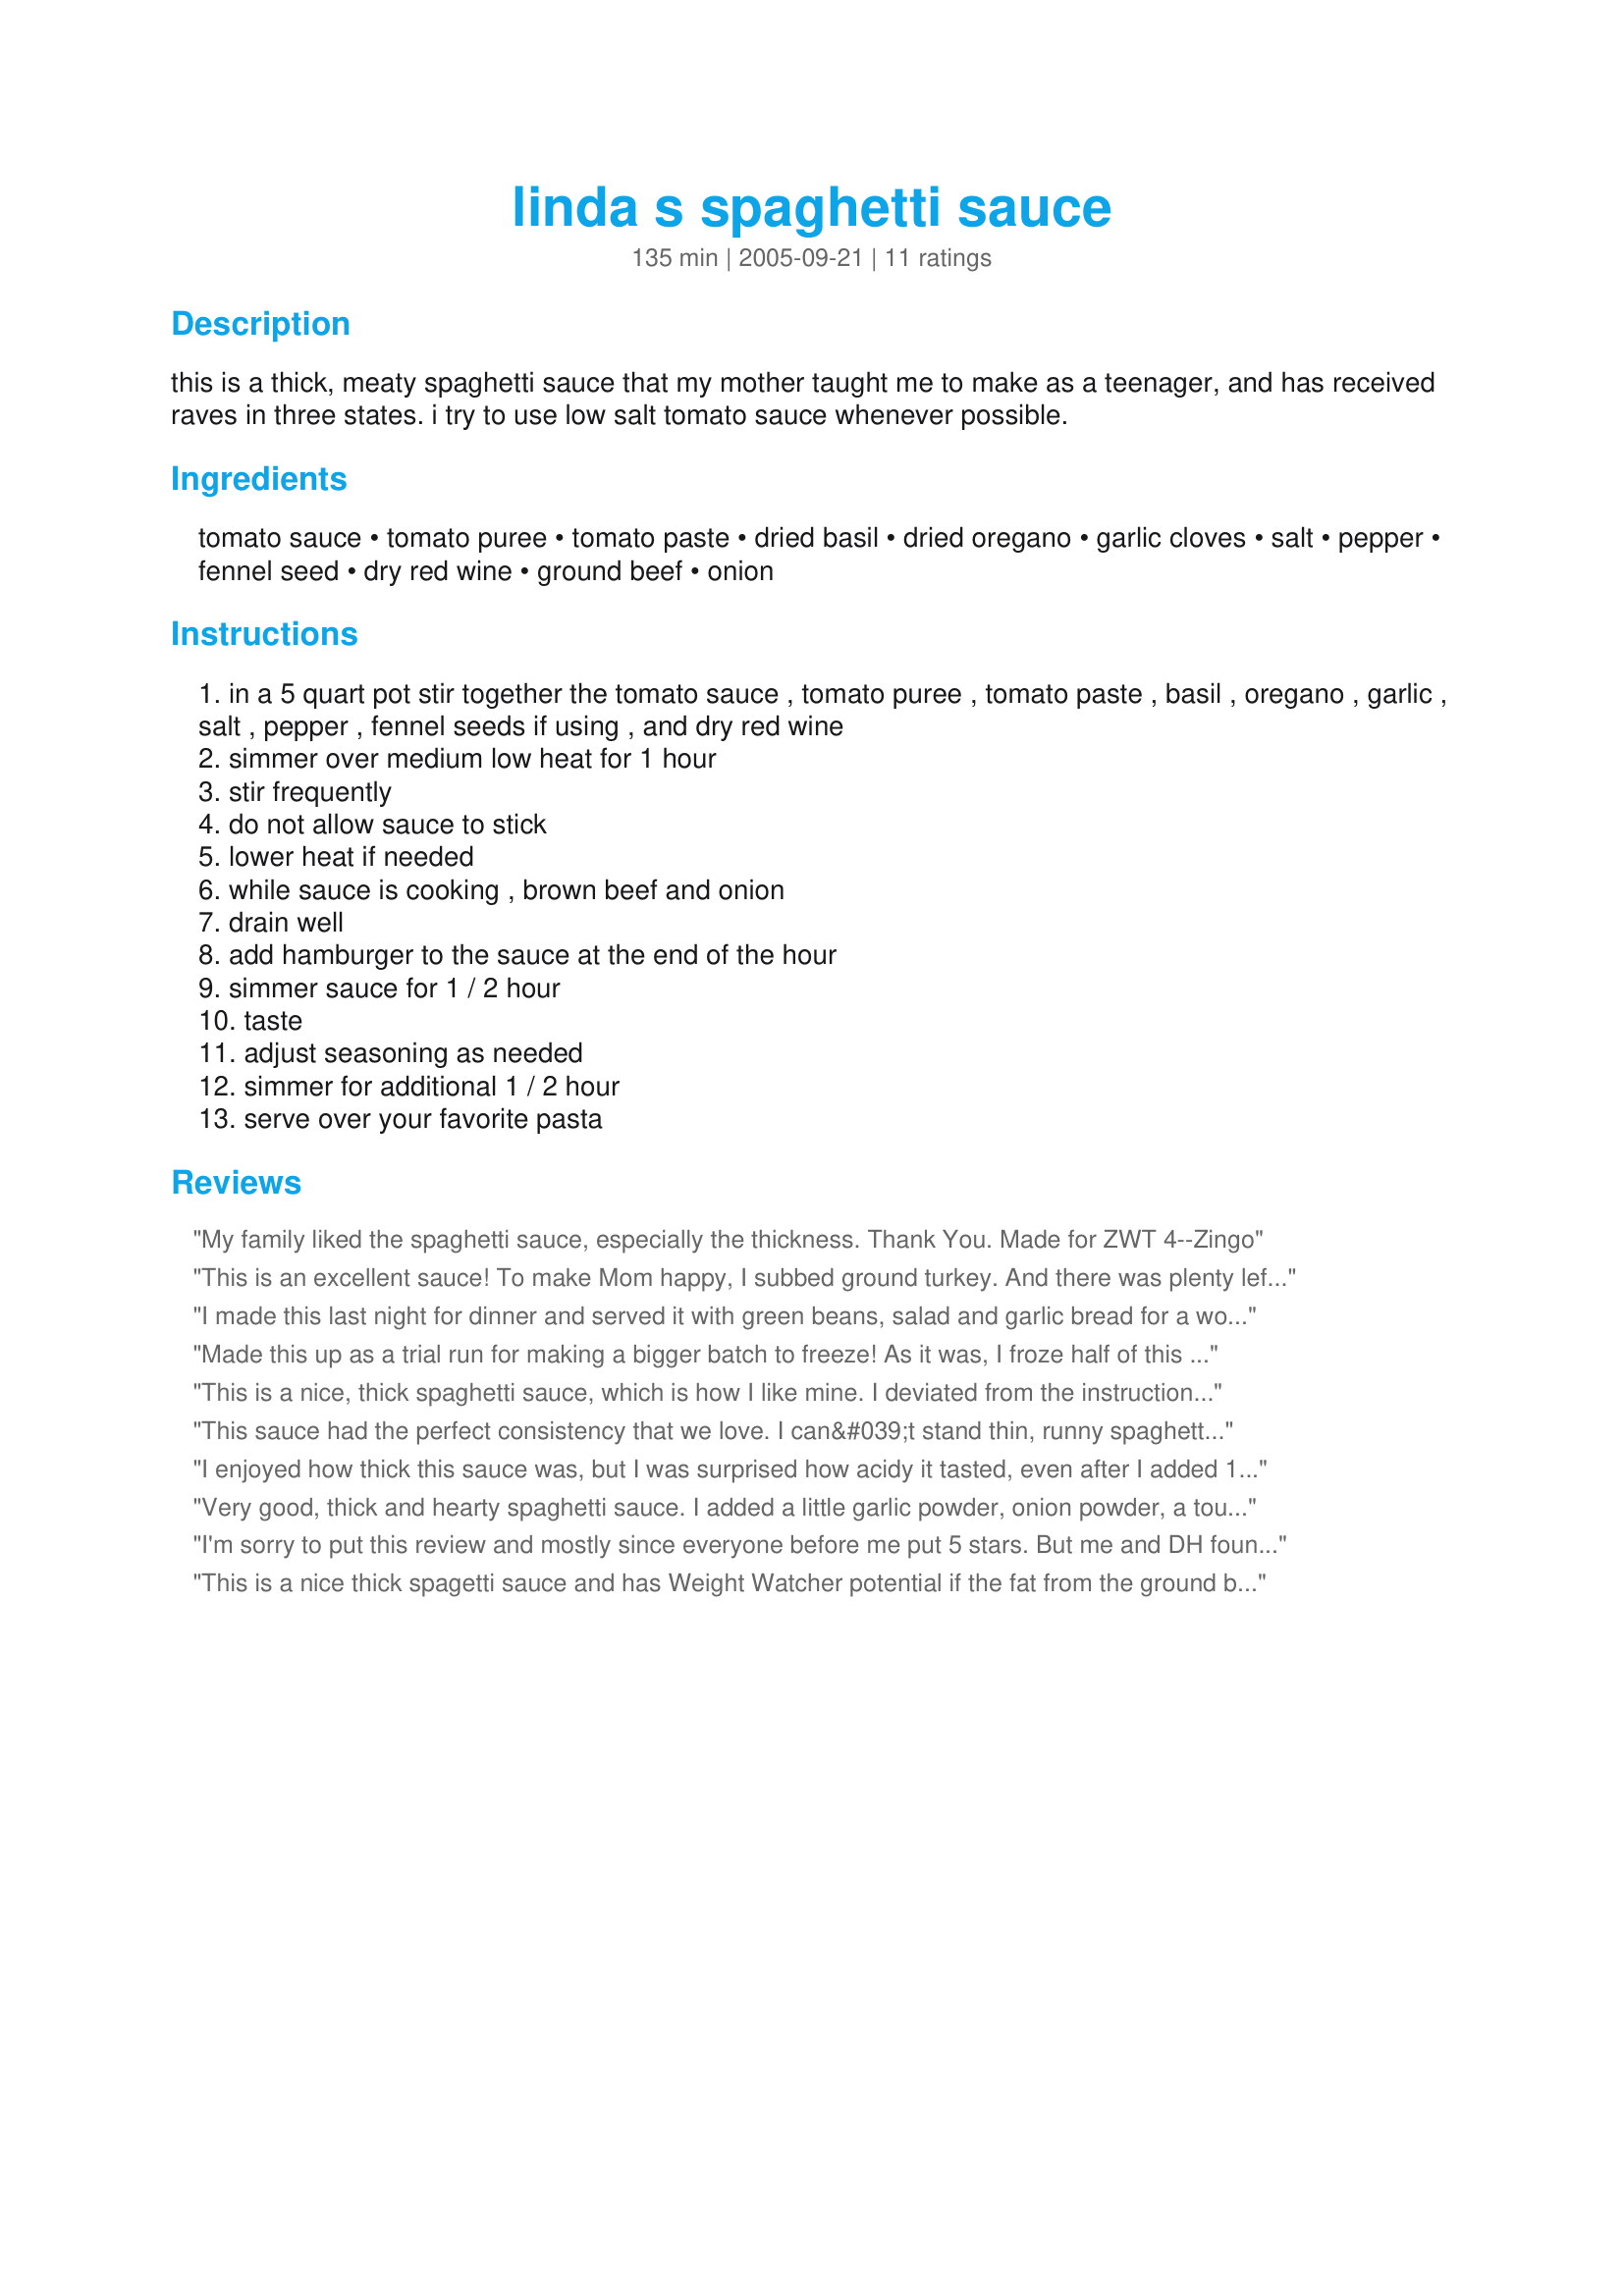
linda s spaghetti sauce
Preparation time: 135 minutes

this is a thick, meaty spaghetti sauce that my mother taught me to make as a teenager, and has received raves in three states. i try to use low salt tomato sauce whenever possible.

Ingredients:
tomato sauce, tomato puree, tomato paste, dried basil, dried oregano, garlic cloves, salt, pepper, fennel seed, dry red wine, ground beef, onion

Steps:
in a 5 quart pot stir together the tomato sauce , tomato puree , tomato paste , basil , oregano , garlic , salt , pepper , fennel seeds if using , and dry red wine
simmer over medium low heat for 1 hour
stir frequently
do not allow sauce to stick
lower heat if needed
while sauce is cooking , brown beef and onion
drain well
add hamburger to the sauce at the end of the hour
simmer sauce for 1 / 2 hour
taste
adjust seasoning as needed
simmer for additional 1 / 2 hour
serve over your favorite pasta

Reviews:
My family liked the spaghetti sauce, especially the thickness.
Thank You. Made for ZWT 4--Zingo
This is an excellent sauce! To make Mom happy, I subbed ground turkey. And there was plenty left to freeze for anothre night. Made for ZWT 4 Zingo.
I made this last night for dinner and served it with green beans, salad and garlic bread for a wonderful dinner. This sauce is the perfect texture for spaghetti, not runny or watery at all and stuck to the pasta. I made the recipe exactly as stated except for omitting the fennel seeds. My normal recipe doesn't include the red wine and I think that made a huge difference, just loved it!!!!
It makes alot of sauce so I have plenty left over (frozen) to use for a future meal. Thanks momaphet for a great recipe!!
Made this up as a trial run for making a bigger batch to freeze! As it was, I froze half of this to see how it works out! I did use low-sodium tomato sauce & eliminated the additional salt called for in the ingredient list! Served this over a 3-cheese tortellini ~ VERY NICE! Definitely a keeper recipe! [Made & reviewed in the Family Picks part of Zaar World Tour 4]
This is a nice, thick spaghetti sauce, which is how I like mine. I deviated from the instructions by adding the ground beef earlier and I cooked it longer than specified. We enjoyed this very much. Made for Culinary Quest Summer 2014.
This sauce had the perfect consistency that we love. I can&#039;t stand thin, runny spaghetti sauce. I didn&#039;t use the ground beef because I made recipe #124958 and used that instead. I added the meatballs after the sauce had cooked for 1 hour. I sauteed the onions in some basil infused olive oil before adding the tomato, spices and wine. I did have to increase the seasonings quite a bit for our taste and I added quite a bit of sugar and salt to cut the tartness of the tomatoes. Thank you for sharing. **Made for Culinary Quest - Suitcase Gourmets**
I enjoyed how thick this sauce was, but I was surprised how acidy it tasted, even after I added 1 Tablespoon of sugar. Possible solutions are to cook it an hour more, to add more salt, to carmelize the onion, even the garlic. I might try adding some roasted red bell pepper and report back on my results. I used fennel, because we love fennel. As is our custom, I used ground venison, but browned it with the onions in olive oil because there is so little fat in venison. Made for 2014 Culinary Quest.
Very good, thick and hearty spaghetti sauce. I added a little garlic powder, onion powder, a touch of sugar and a bay leaf to the sauce. I put this over trio pasta and served it with Skillet Chicken Marsala (#296692) and a dinner salad topped with Classic Vinaigrette Salad Dressing (#307616). I put the leftover sauce into quart freezer bags for future dinners. Made for ZWT4 Zingo Potluck.
I'm sorry to put this review and mostly since everyone before me put 5 stars. But me and DH found the sauce too acid. The only thing I did not add is the fennel seed and salt. Maybe adding a little bit of sugar would help. I should have tried. Thanks Momaphet. Made for the Babes of ZWT4
This is a nice thick spagetti sauce and has Weight Watcher potential if the fat from the ground beef can be minimized. We also found it a bit acidic, but otherwise very tasty and satisfying.
I like a thicker spaghetti sauce and this recipe was perfect. I did add the fennel seed, used ground round, and didnt have any red wine so I used beef broth. A very nice flavored sauce that would work with any pasta. We topped with a sprinkle of parmesan cheese and served with crusty Italian bread. Made and reviewed for ZWT 4 - Zingo.
